Problem: 21 + 4 = ?
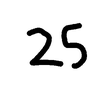
Handwritten answer: 25